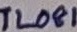
Text: TL081